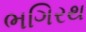
ભગિરથ